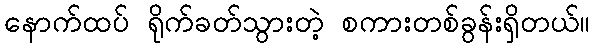
နောက်ထပ် ရိုက်ခတ်သွားတဲ့ စကားတစ်ခွန်းရှိတယ်။